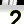
Digit: 2